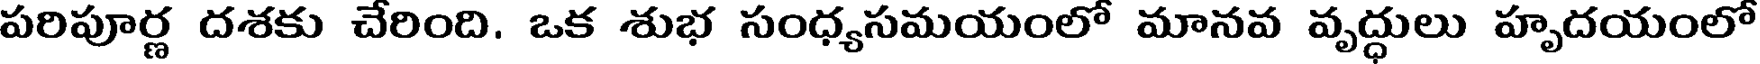
పరిపూర్ణ దశకు చేరింది. ఒక శుభ సంధ్యసమయంలో మానవ వృద్ధులు హృదయంలో